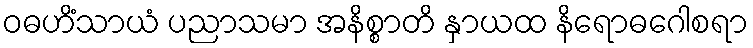
ဝဓဟိံသာယံ ပညာသမာ အနိစ္စာတိ နှာယထ နိရောဓဂေါစရာ